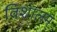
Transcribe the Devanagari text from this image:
विशालम्